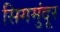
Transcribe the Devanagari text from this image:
सिगमुंदूर